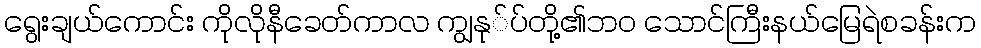
ရွေးချယ်ကောင်း ကိုလိုနီခေတ်ကာလ ကျွနု်ပ်တို့၏ဘ၀ သောင်ကြီးနယ်မြေရဲစခန်းက